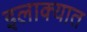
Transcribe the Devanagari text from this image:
इलाक्यात